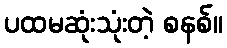
ပထမဆုံးသုံးတဲ့ စနစ်။